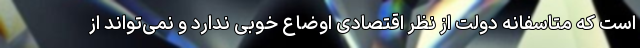
است که متاسفانه دولت از نظر اقتصادی اوضاع خوبی ندارد و نمی‌تواند از